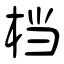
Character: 档